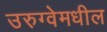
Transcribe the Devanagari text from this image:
उरुग्वेमधील